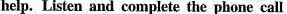
help. Listen and complete the phone call